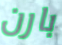
بارن